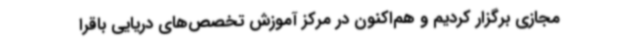
مجازی برگزار کردیم و هم‌اکنون در مرکز آموزش تخصص‌های دریایی باقرا